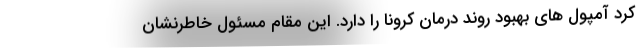
کرد آمپول های بهبود روند درمان کرونا را دارد. این مقام مسئول خاطرنشان